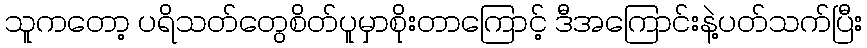
သူကတော့ ပရိသတ်တွေစိတ်ပူမှာစိုးတာကြောင့် ဒီအကြောင်းနဲ့ပတ်သက်ပြီး